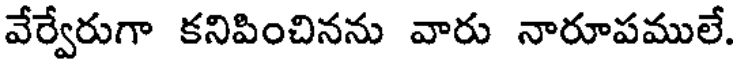
వేర్వేరుగా కనిపించినను వారు నారూపములే.